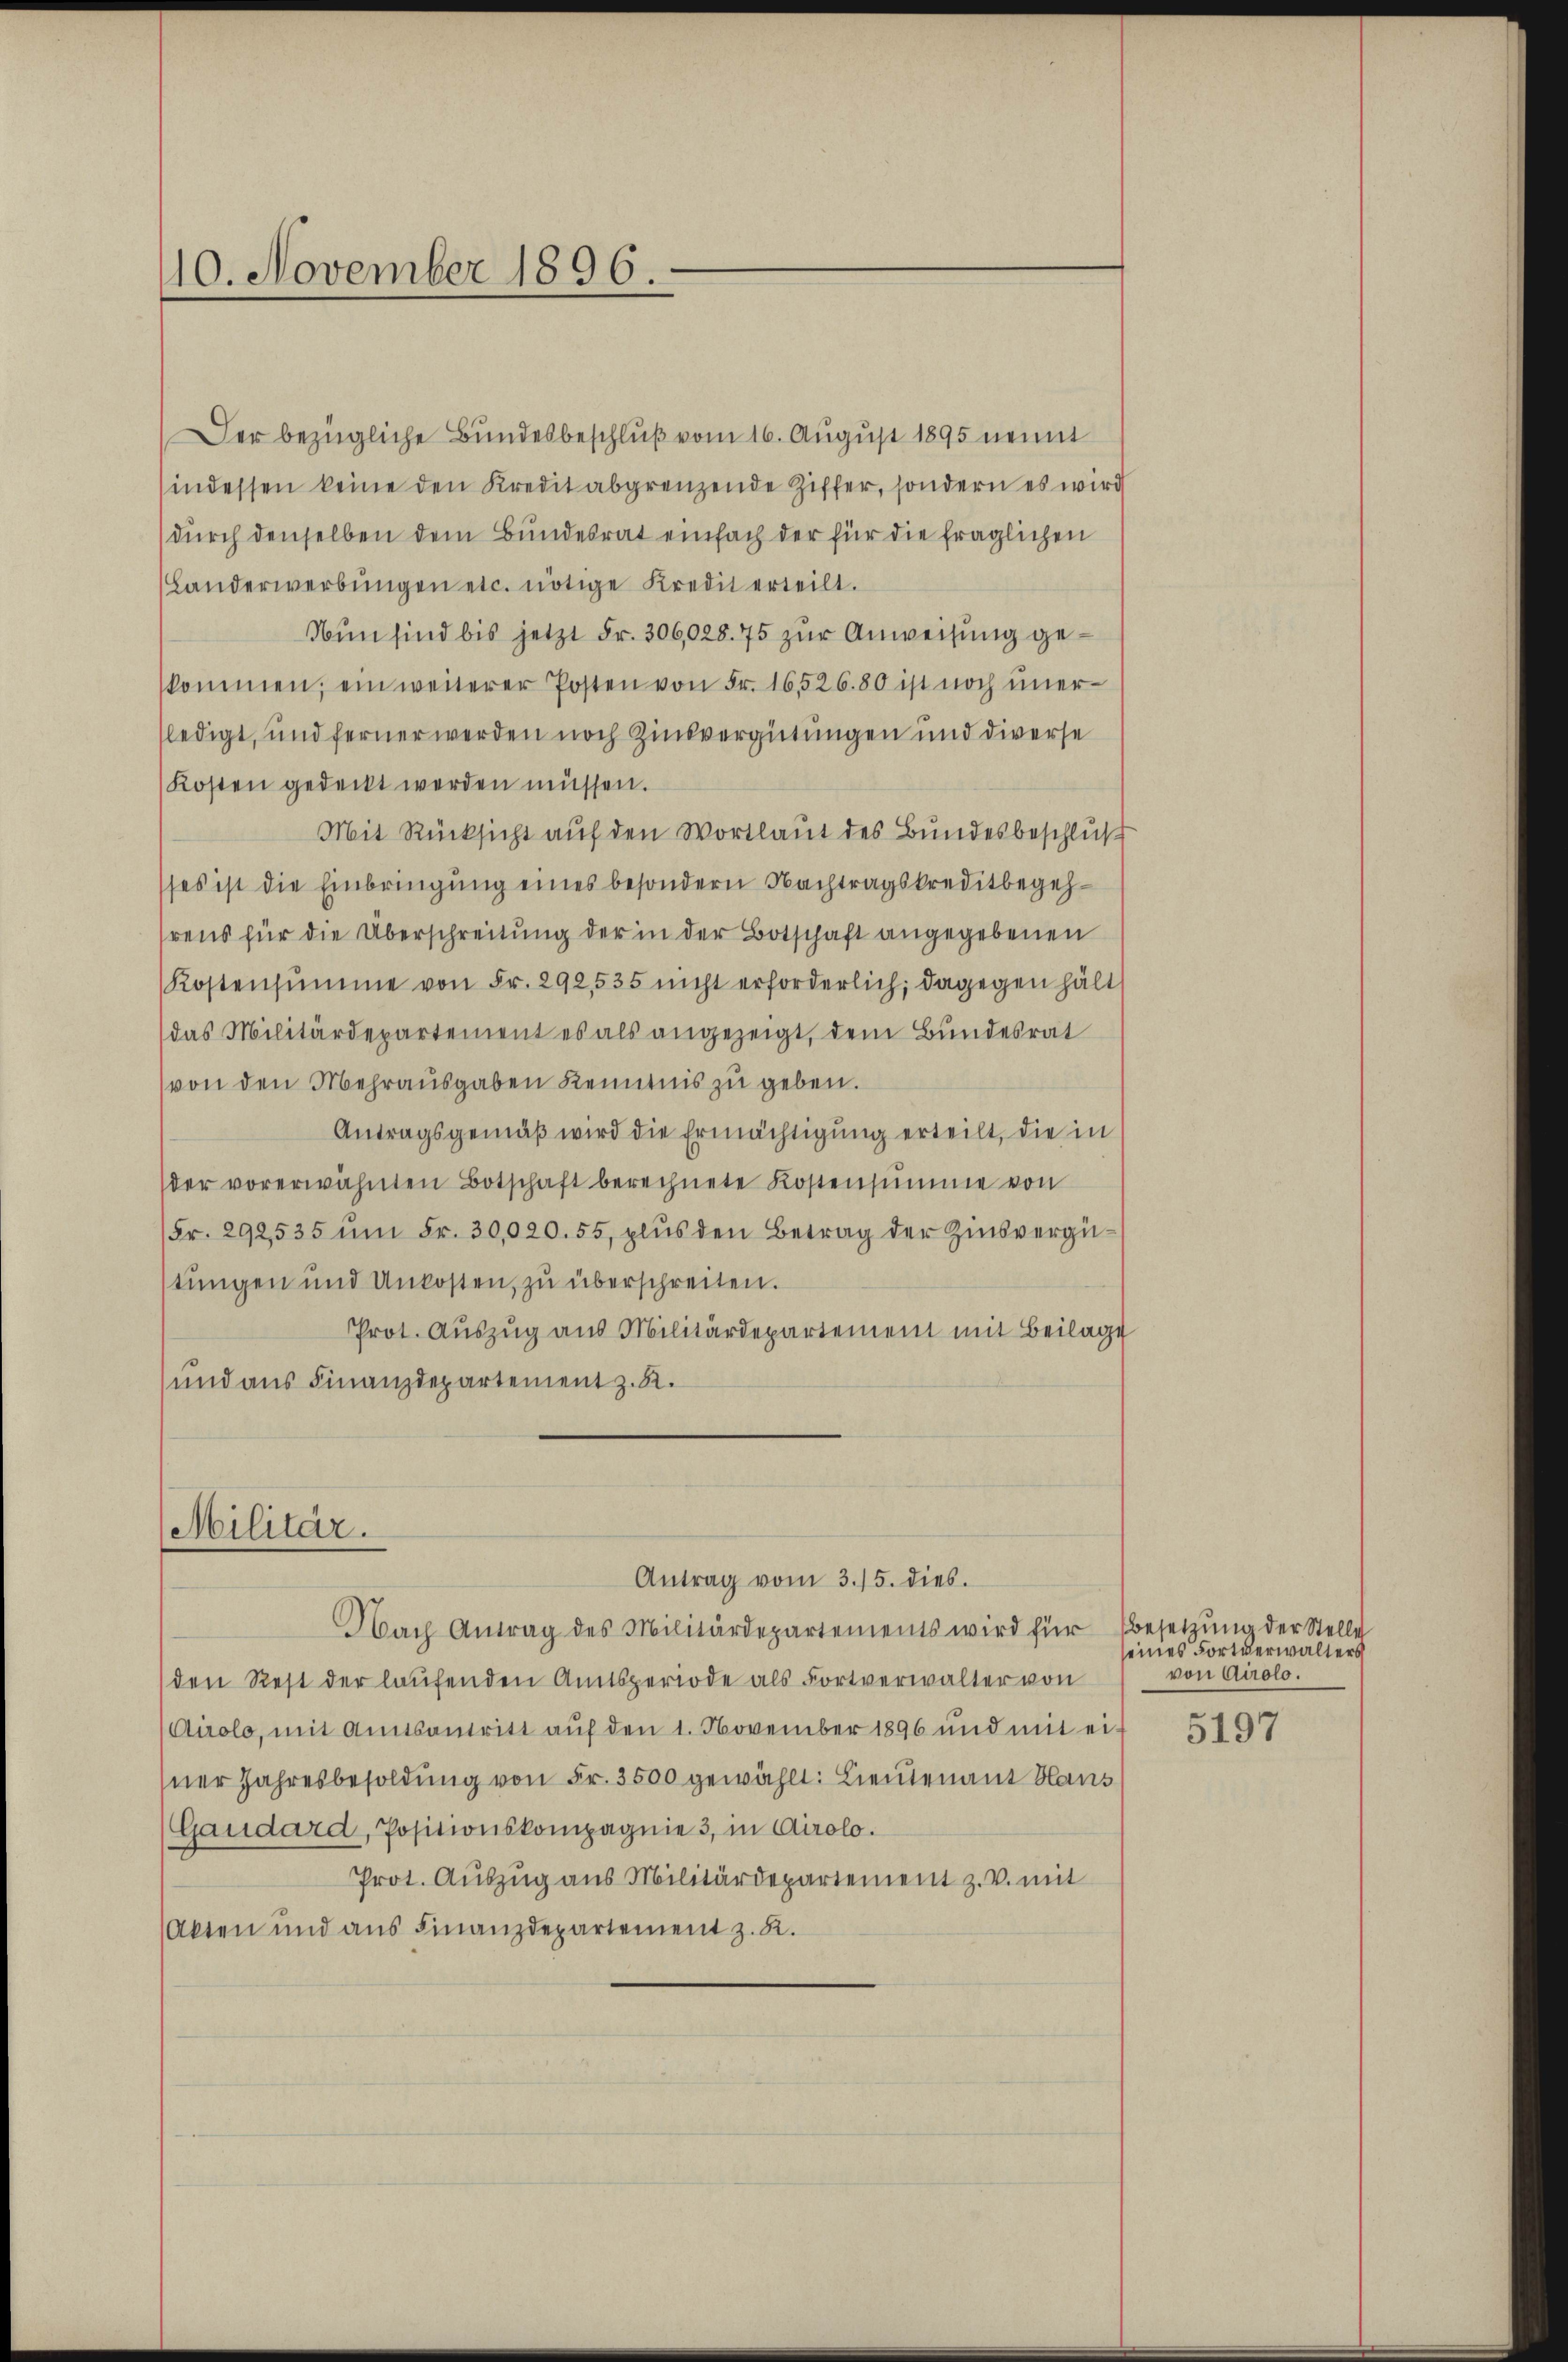
110. November 1896.

Der bezügliche Bundesbeschluß vom 16. August 1895 nennt
indessen keine den Kredit abgrenzende Ziffer, sondern es wird
durch denselben dem Bundesrat einfach der für die fraglichen
(Landerwerbŭngen etc. nötige Kredit erteilt.
Nun sind bis jetzt Fr. 306,028. 75 zur Anweisung gekommen, ein weiterer Posten von Fr. 16526.80 ist noch ŭner-
ledigt, und ferner werden noch Zinsvergütungen und diverse
Kosten gedeckt werden müssen.
Mit Rücksicht auf den Wortlaut des Bundesbeschluß
ses ist die Einbringung eines besondern Nachtragskreditbegehhrens für die Überschreitung der in der Botschaft angegebenen
Kostensumme von Fr. 292,535 nicht erforderlich; dagegen hält
das Militärdepartement es als angezeigt, dem Bundesrat
von den Mehrausgaben Kenntnis zu geben.
Antragsgemäβ wird die Ermächtigung erteilt, die in
der vorerwähnten Botschaft berechnete Kostensumme von
Fr. 292535 ŭm Fr. 30,020. 55, plus den Betrag der Zinsvergüstungen und Unkosten, zu überschreiten.
Prot. Aŭszŭg aŭs Militärdepartement mit Beilage
und aus Finanzdepartement z. R.

Militär.

Antrag vom 3./5. dies
Nach Antrag des Militärdepartements wird für

den Rest der laufenden Amtsperiode als Fortverwalter von
Airolo, mit Amtsantritt auf den 1. November 1896 und mit ei-
sner Jahresbesoldung von Fr. 3500 gewählt: Lieutenant Haus
Gaudard, Positionskompagnie 3, in Airolo.
Prot. Auszug aus Militärdepartement z. v. mit
Akten und ans Finanzdepartement z. R.

Besetzung der Stelle
seines Fortverwalters
von Airolo.

5197